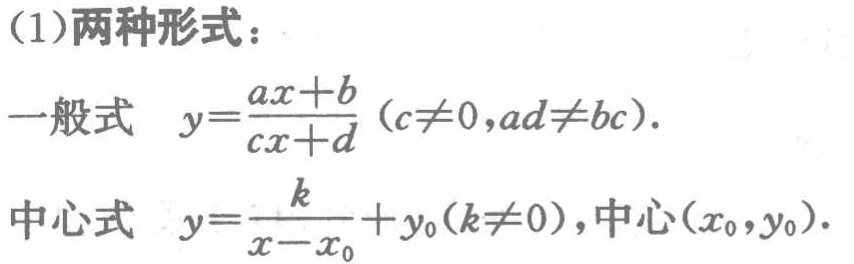
(1)两种形式：

一般式 \(y = \frac{ax + b}{cx + d}(c\neq0,ad\neq bc)\).

中心式 \(y=\frac{k}{x - x_0}+y_0(k\neq0)\)，中心\((x_0,y_0)\).